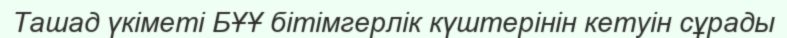
Ташад үкіметі БҰҰ бітімгерлік күштерінін кетуін сұрады